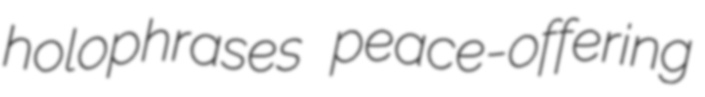
holophrases peace-offering